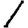
Digit: 1